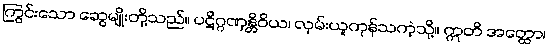
ကြွင်းသော ဆွေမျိုးတို့သည်။ ပဋိဂ္ဂဏှန္တိဝိယ၊ လှမ်းယူကုန်သကဲ့သို့။ ဣတိ အတ္ထော၊